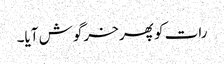
رات کو پھر خرگوش آیا۔